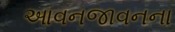
આવનજાવનના